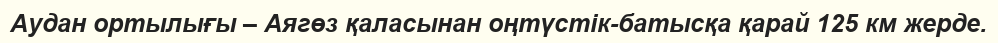
Аудан ортылығы – Аягөз қаласынан оңтүстік-батысқа қарай 125 км жерде.